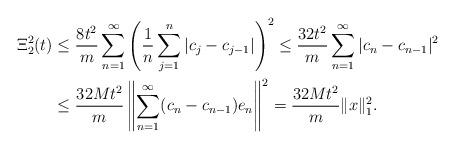
LaTeX: \begin{align*}\Xi_2^2(t) & \leq \frac{8 t^2}{m} \sum\limits_{n=1}^{\infty}\left(\frac{1}{n} \sum\limits_{j=1}^{n}\left|c_j-c_{j-1}\right| \right)^2 \leq \frac{32 t^2}{m} \sum\limits_{n=1}^{\infty} |c_{n}-c_{n-1}|^2 \\&\leq \frac{32 M t^2}{m}\left\| \sum\limits_{n=1}^{\infty} (c_{n}-c_{n-1}) e_n \right\|^2= \frac{32 M t^2}{m} \|x\|_1^2.\end{align*}